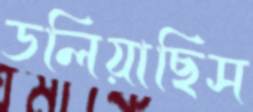
ডলিয়াছিস